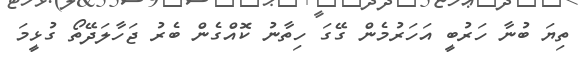
ތިޔަ ބުނާ ހަރުބީ އަހަރުމެން ގޭގަ ހިތާނު ކޮއްގެން ބެރު ޖަހާލަދޭތޯ ގުޅީމަ